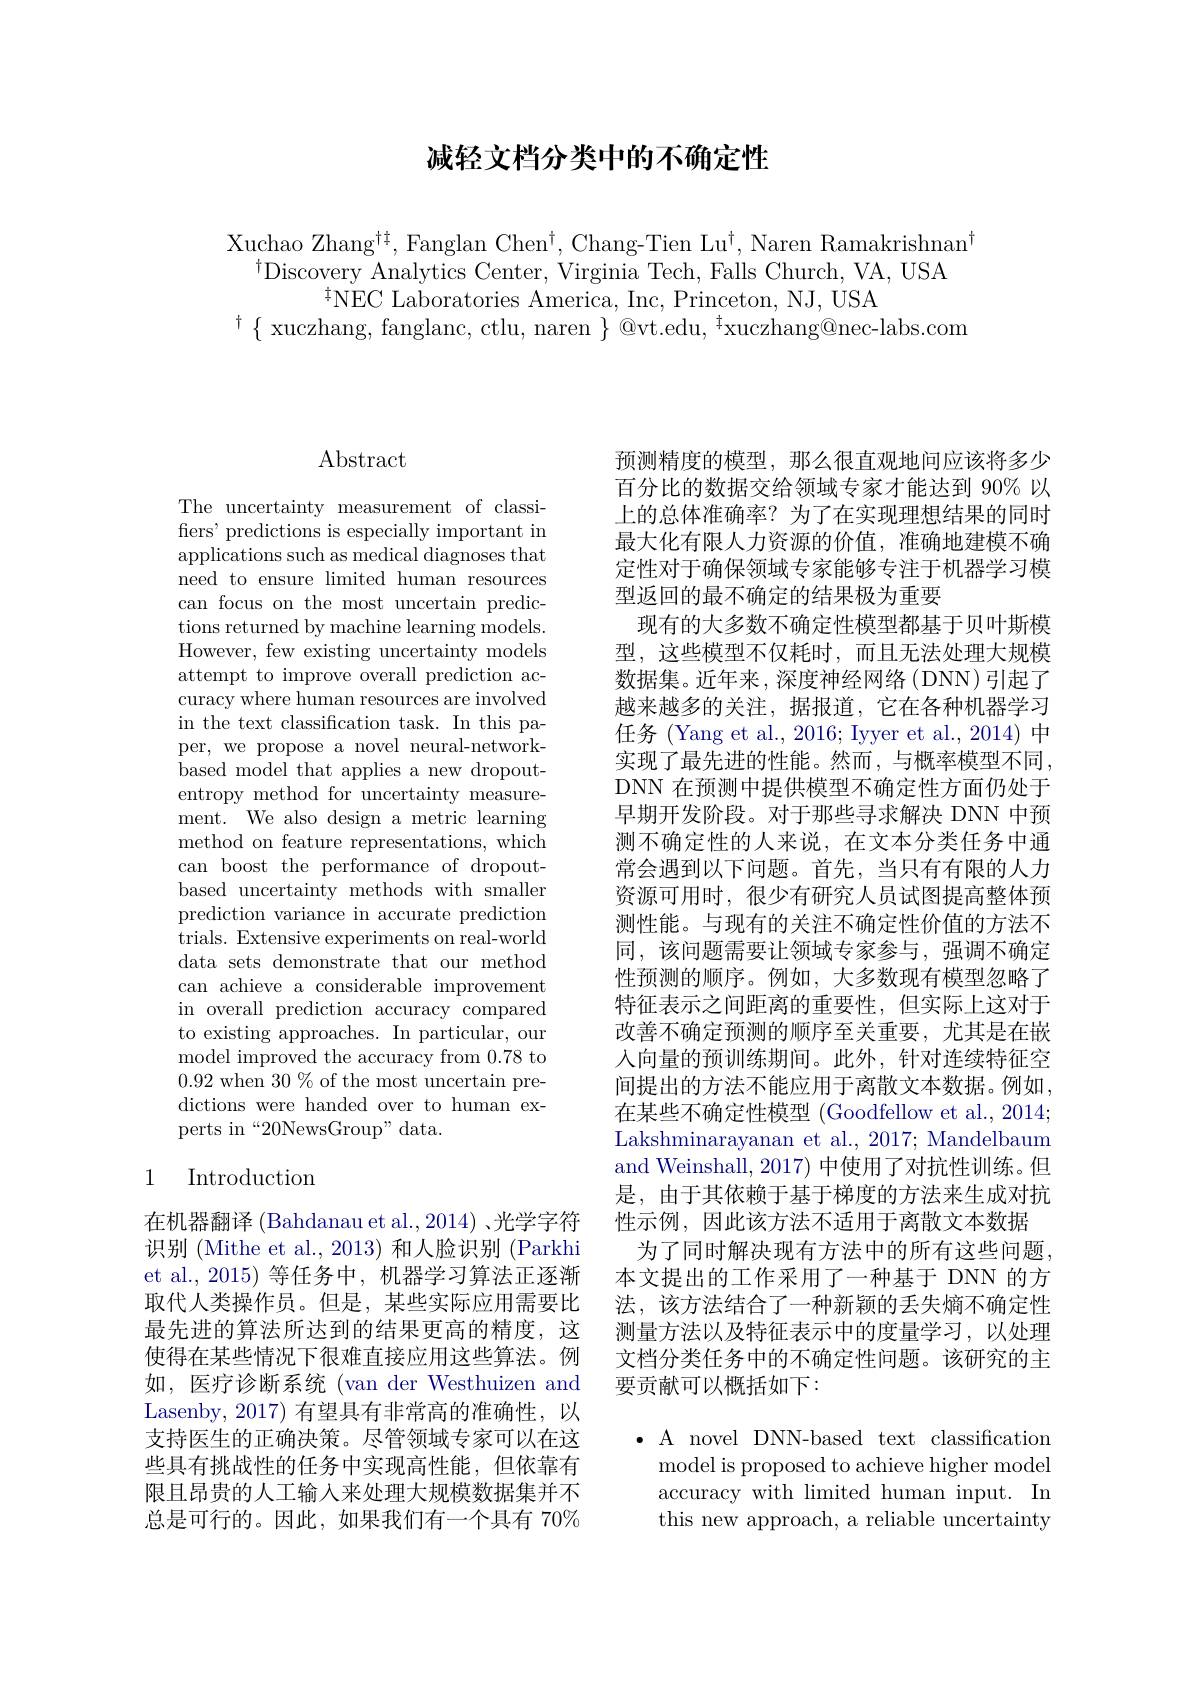
# 减轻文档分类中的不确定性

Xuchao Zhang$^{\dagger\dagger}$,Fanglan Chen$^\dagger$, Chang-Tien Lu$^\dagger$, Naren Ramakrishnan$^{\dagger}$
$^{\dagger}$Discovery Analytics Center, Virginia Tech, Falls Church, VA, USA
$^{\dagger }$NEC Laboratories America, Inc, Princeton, NJ, USA
$^{\dagger}\{$ xuczhang, fanglanc, ctlu, naren $\}^{\prime}$@vt.edu, $^{\dagger}$xuczhang@nec-labs.com

## $\operatorname{Abstract}$

The uncertainty measurement of classifers' predictions is especially important in applications such as medical diagnoses that need to ensure limited human resources can focus on the most uncertain predictions returned by machine learning models. However, few existing uncertainty models attempt to improve overall prediction accuracy where human resources are involved in the text classification task. In this paper, we propose a novel neural-networkbased model that applies a new dropoutentropy method for uncertainty measurement. We also design a metric learning method on feature representations, which can boost the performance of dropoutbased uncertainty methods with smaller prediction variance in accurate prediction trials. Extensive experiments on real- world data sets demonstrate that our method can achieve a considerable improvement in overall prediction accuracy compared to existing approaches. In particular, our model improved the accuracy from 0.78 to 0.92 when 30 % of the most uncertain predictions were handed over to human experts in“20NewsGroup”data.

## 1 Introduction

在机器翻译 (Bahdanau et al.,2014) 、光学字符识别 (Mithe et al., 2013) 和人脸识别 (Parkhi et al., 2015) 等任务中，机器学习算法正逐渐取代人类操作员。但是，某些实际应用需要比最先进的算法所达到的结果更高的精度，这使得在某些情况下很难直接应用这些算法。例如，医疗诊断系统 (van der Westhuizen and Lasenby, 2017) 有望具有非常高的准确性，以支持医生的正确决策。尽管领域专家可以在这些具有挑战性的任务中实现高性能，但依靠有限且昂贵的人工输入来处理大规模数据集并不总是可行的。因此，如果我们有一个具有 70%

预测精度的模型，那么很直观地问应该将多少百分比的数据交给领域专家才能达到 90% 以上的总体准确率？为了在实现理想结果的同时最大化有限人力资源的价值，准确地建模不确定性对于确保领域专家能够专注于机器学习模型返回的最不确定的结果极为重要
现有的大多数不确定性模型都基于贝叶斯模型，这些模型不仅耗时，而且无法处理大规模数据集。近年来，深度神经网络(DNN)引起了越来越多的关注，据报道，它在各种机器学习任务 (Yang et al., 2016; Iyyer et al., 2014) 中实现了最先进的性能。然而，与概率模型不同， DNN 在预测中提供模型不确定性方面仍处于早期开发阶段。对于那些寻求解决 DNN 中预测不确定性的人来说，在文本分类任务中通常会遇到以下问题。首先，当只有有限的人力资源可用时，很少有研究人员试图提高整体预测性能。与现有的关注不确定性价值的方法不同，该问题需要让领域专家参与，强调不确定性预测的顺序。例如，大多数现有模型忽略了特征表示之间距离的重要性，但实际上这对于改善不确定预测的顺序至关重要，尤其是在嵌入向量的预训练期间。此外，针对连续特征空间提出的方法不能应用于离散文本数据。例如， 在某些不确定性模型 (Goodfellow et al., 2014; Lakshminarayanan et al., 2017; Mandelbaum and Weinshall, 2017) 中使用了对抗性训练。但是，由于其依赖于基于梯度的方法来生成对抗性示例，因此该方法不适用于离散文本数据
为了同时解决现有方法中的所有这些问题， 本文提出的工作采用了一种基于 DNN 的方法，该方法结合了一种新颖的丢失熵不确定性测量方法以及特征表示中的度量学习，以处理文档分类任务中的不确定性问题。该研究的主要贡献可以概括如下：

$\bullet$ A novel DNN-based text classification model is proposed to achieve higher model accuracy with limited human input. In this new approach, a reliable uncertainty